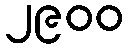
၂၉၀၀